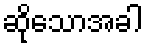
ဆိုသောအခါ